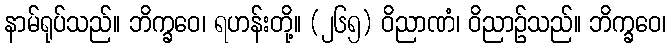
နာမ်ရုပ်သည်။ ဘိက္ခဝေ၊ ရဟန်းတို့။ (၂၆၅) ဝိညာဏံ၊ ဝိညာဉ်သည်။ ဘိက္ခဝေ၊